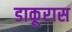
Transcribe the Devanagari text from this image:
डाकूरास